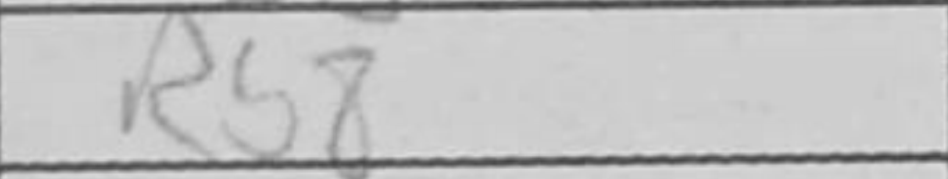
Transcription: Rb8